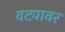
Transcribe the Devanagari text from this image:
वट्यावर